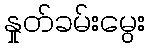
နှုတ်ခမ်းမွေး